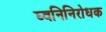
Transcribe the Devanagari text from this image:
घ्वनिनिरोधक